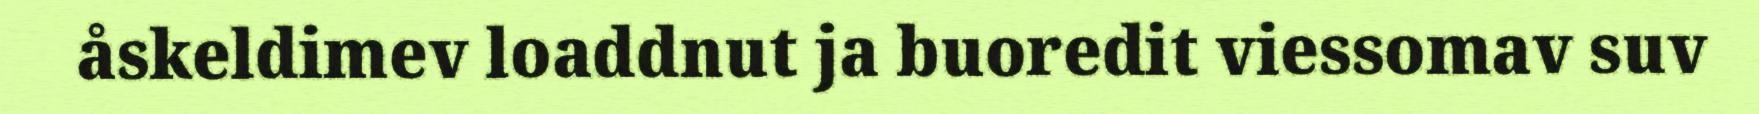
åskeldimev loaddnut ja buoredit viessomav suv